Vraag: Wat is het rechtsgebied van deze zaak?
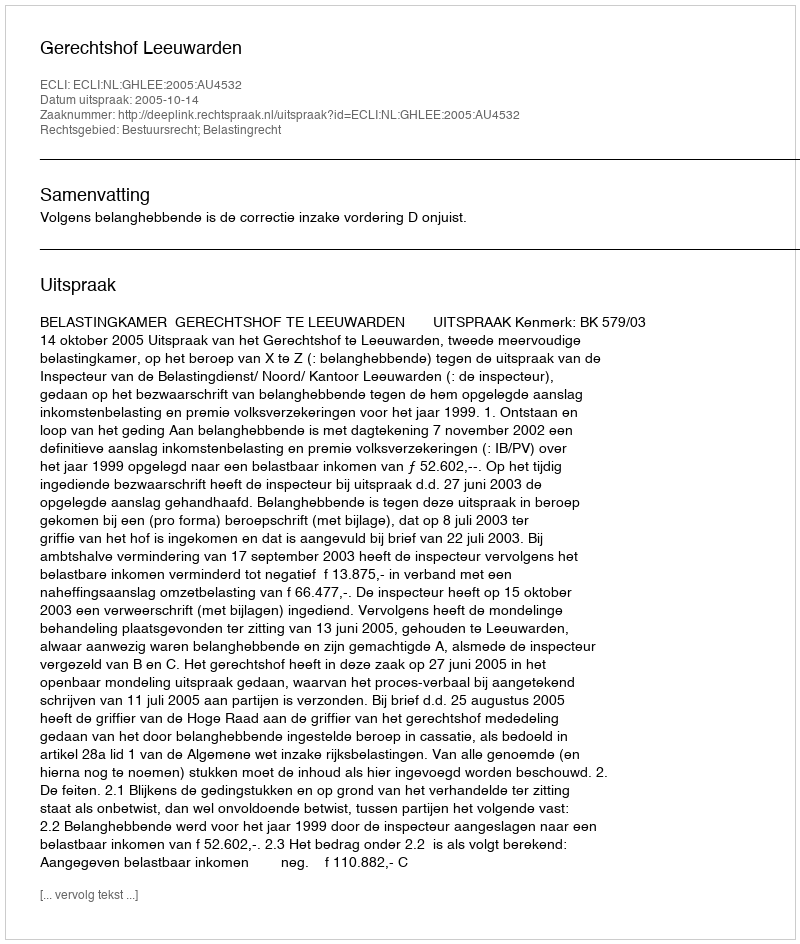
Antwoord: Bestuursrecht; Belastingrecht